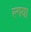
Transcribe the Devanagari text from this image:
ल्गया